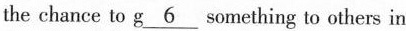
the chance to g \underline{6} something to others in